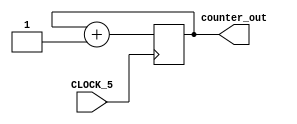
module simple_counter (		CLOCK_5,
									counter_out );
	input CLOCK_5;
	output [22:0] counter_out; 
	reg [22:0] counter_out;

	always @ (posedge CLOCK_5) 			// on positive clock edge
	begin
		counter_out <= counter_out + 1;	// increment counter
	end
endmodule // end of module counter